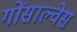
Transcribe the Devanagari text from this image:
गोंसाल्वेस